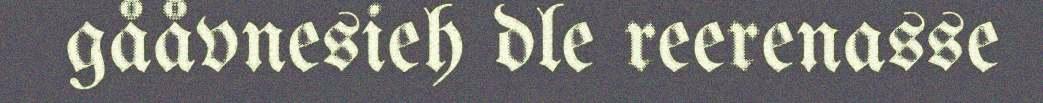
gååvnesieh dle reerenasse